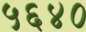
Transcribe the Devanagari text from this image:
५६४०